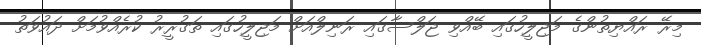
މިރޭ ރައްޔިތުންގެ މަޖިލީހުގައި ބޭއްވި ޖަލްސާގައި ރަނިލްއަށް މަޖިލީހުގައި ތަގުރީރު ކުރެއްވުމަށް ދައުވަތު